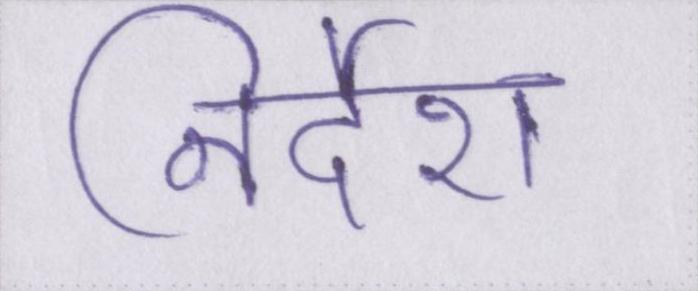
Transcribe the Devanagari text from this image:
निर्देश